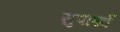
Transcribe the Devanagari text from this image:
सुपार्श्‍व